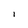
Character: l